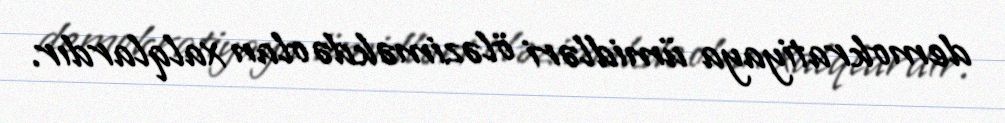
demokratiyaya ümidləri öləziməkdə olan xalqlardır.